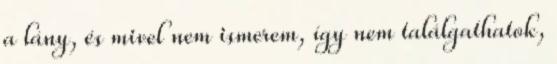
a lány, és mivel nem ismerem, így nem találgathatok,